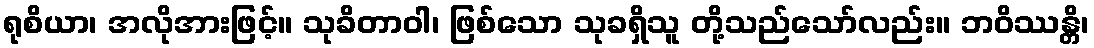
ရုစိယာ၊ အလိုအားဖြင့်။ သုခိတာဝါ၊ ဖြစ်သော သုခရှိသူ တို့သည်သော်လည်း။ ဘဝိဿန္တိ၊